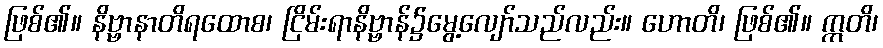
ဖြစ်၏။ နိဗ္ဗာနာတိရထောစ၊ ငြိမ်းရာနိဗ္ဗာန်၌မွေ့လျော်သည်လည်း။ ဟောတိ၊ ဖြစ်၏။ ဣတိ၊